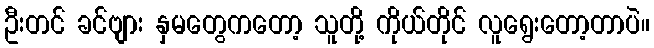
ဦးတင် ခင်ဗျား နှမတွေကတော့ သူတို့ ကိုယ်တိုင် လူရွေးတော့တာပဲ။